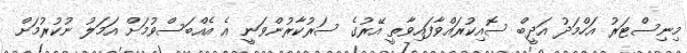
މިނިސްޓަރު އަހްމަދު އަދީބް ސޮއިކުރައްވާފައިވާތީ އޭރުގެ ސަރުކާރުންވަނީ އެ އެއްބަސްވުމަށް އަމަލު ނުކުރުމަށް